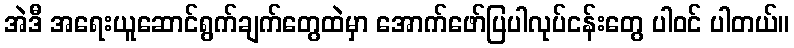
အဲဒီ အရေးယူဆောင်ရွက်ချက်တွေထဲမှာ အောက်ဖော်ပြပါလုပ်ငန်းတွေ ပါဝင် ပါတယ်။